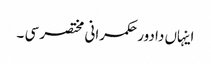
اینہاں دا دور حکمرانی مختصر سی ۔